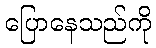
ပြောနေသည်ကို